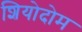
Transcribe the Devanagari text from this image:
शियोदोम